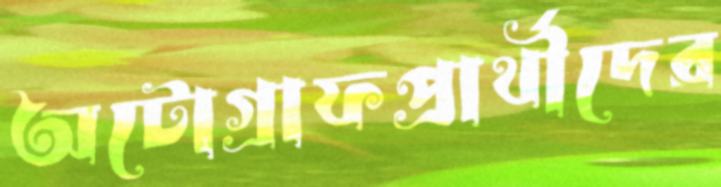
অটোগ্রাফপ্রার্থীদের